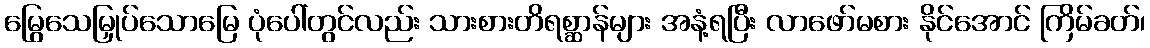
မြွေသေမြှုပ်သောမြေ ပုံပေါ်တွင်လည်း သားစားတိရစ္ဆာန်များ အနံ့ရပြီး လာဖော်မစား နိုင်အောင် ကြိမ်ခတ်၊